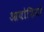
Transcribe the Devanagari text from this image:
आयोशियो